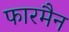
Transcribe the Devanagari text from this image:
फारमैन